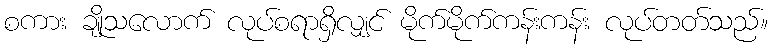
စကား ချိုသလောက် လုပ်စရာရှိလျှင် မိုက်မိုက်ကန်းကန်း လုပ်တတ်သည်။